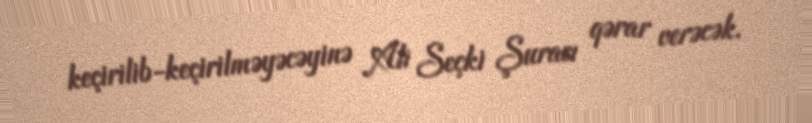
keçirilib-keçirilməyəcəyinə Ali Seçki Şurası qərar verəcək.